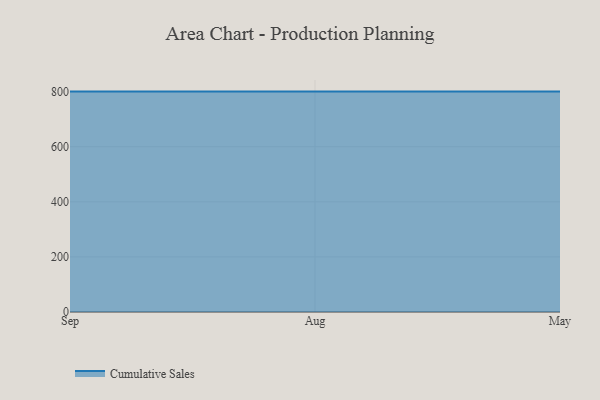
{"axis": {"x": "Month", "y": "Energy Usage (MWh)"}, "legend": ["Cumulative Sales"], "data": [{"x": "Sep", "y": 800, "type": "Cumulative Sales"}, {"x": "Aug", "y": 800, "type": "Cumulative Sales"}, {"x": "May", "y": 800, "type": "Cumulative Sales"}]}